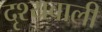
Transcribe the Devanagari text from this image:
दृश्यवाली